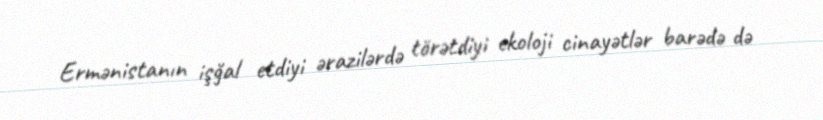
Ermənistanın işğal etdiyi ərazilərdə törətdiyi ekoloji cinayətlər barədə də